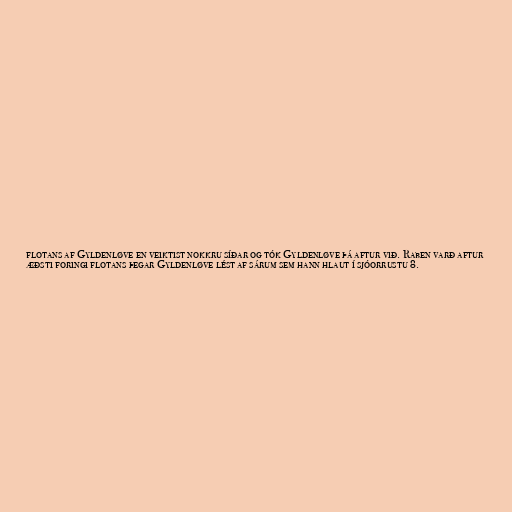
flotans af Gyldenløve en veiktist nokkru síðar og tók Gyldenløve þá aftur við. Raben varð aftur
æðsti foringi flotans þegar Gyldenløve lést af sárum sem hann hlaut í sjóorrustu 8.